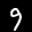
Label: 9